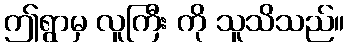
ဤရွာမှ လူကြီး ကို သူသိသည်။